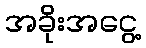
အခိုးအငွေ့